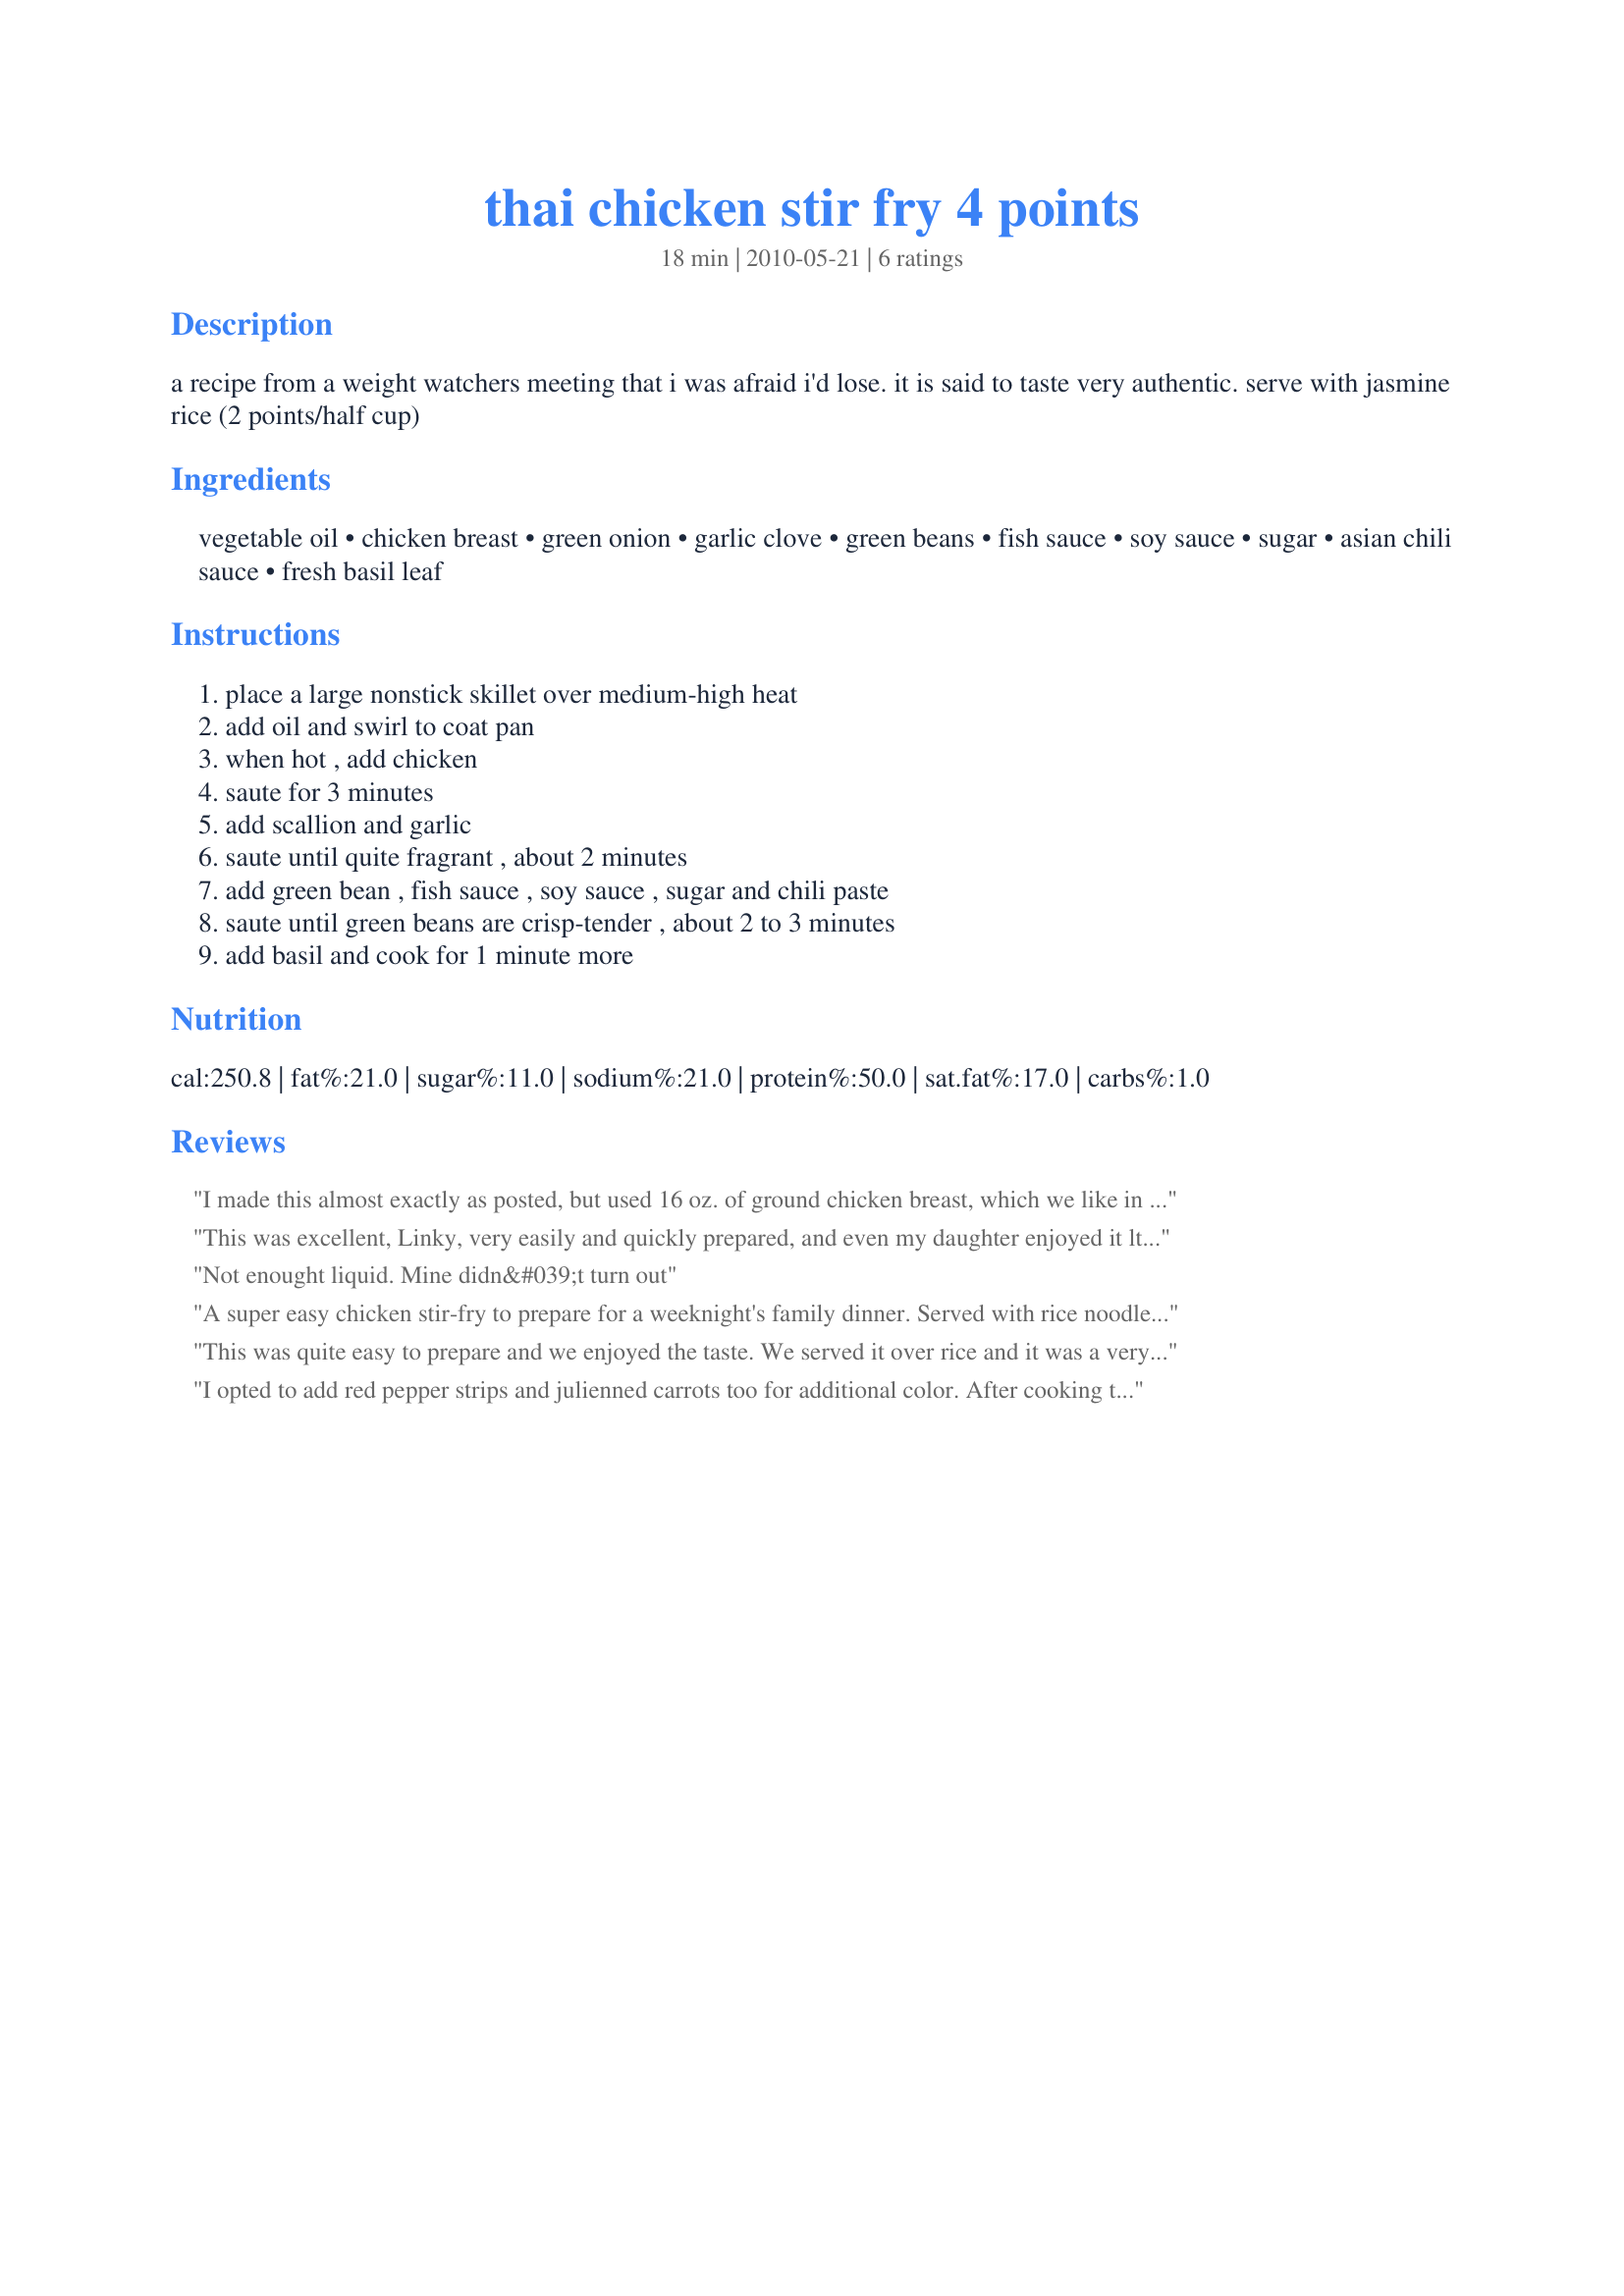
thai chicken stir fry 4 points
Preparation time: 18 minutes

a recipe from a weight watchers meeting that i was afraid i'd lose. it is said to taste very authentic. serve with jasmine rice (2 points/half cup)

Ingredients:
vegetable oil, chicken breast, green onion, garlic clove, green beans, fish sauce, soy sauce, sugar, asian chili sauce, fresh basil leaf

Steps:
place a large nonstick skillet over medium-high heat, add oil and swirl to coat pan, when hot , add chicken, saute for 3 minutes, add scallion and garlic, saute until quite fragrant , about 2 minutes, add green bean , fish sauce , soy sauce , sugar and chili paste, saute until green beans are crisp-tender , about 2 to 3 minutes, add basil and cook for 1 minute more

Reviews:
I made this almost exactly as posted, but used 16 oz. of ground chicken breast, which we like in Thai dishes. I steamed the green beans beforehand so they were a little tender, as I was afraid they would take too long to cook in the stir-fry. This went together very quickly, and was served with brown jasmine rice. Made by a Tasty Tester for ZWT9.
This was excellent, Linky, very easily and quickly prepared, and even my daughter enjoyed it lthough usually the sight of the fish sauce bottle puts her off! I used sesame oil, and served it over rice. Very good flavour and presentation, lovely for guests or a simple supper. Thanks Linky, made for PAC Fall 2011
Not enought liquid. Mine didn&#039;t turn out
A super easy chicken stir-fry to prepare for a weeknight's family dinner. Served with rice noodles and used fresh Thai basil from my garden. I used gluten-free sauces to make this meal gluten-free. Made for Make my Recipe Tag Game in the Aus/NZ forum. Photo also being posted
This was quite easy to prepare and we enjoyed the taste. We served it over rice and it was a very nice meal. Only thing is we felt it needed more sauce. Made for ZWT9.
I opted to add red pepper strips and julienned carrots too for additional color. After cooking the meat was dry enough I used it in lettuce wraps. It made a nice weeknight dinner. Thank you for sharing the recipe!
